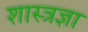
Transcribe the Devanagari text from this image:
शास्त्रज्ञा